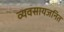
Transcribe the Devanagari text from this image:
व्यवसायजनित